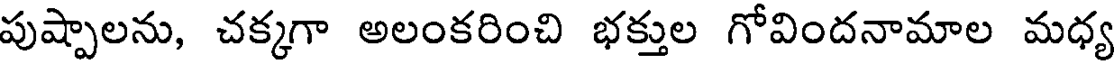
పుష్పాలను, చక్కగా అలంకరించి భక్తుల గోవిందనామాల మధ్య